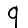
Digit: 9